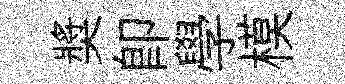
奬即學模